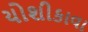
યોશીકાવા